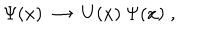
LaTeX: \Psi ( x ) \; \rightarrow \; U ( x ) \: \Psi ( x ) \; ,